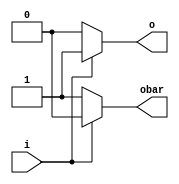
module cycloneiv_pseudo_diff_out(
                             i,
                             o,
                             obar
                             );
parameter lpm_type = "cycloneiv_pseudo_diff_out";
input i;
output o;
output obar;
reg o_tmp;
reg obar_tmp;
assign o = o_tmp;
assign obar = obar_tmp;
always@(i)
    begin
        if( i == 1'b1)
            begin
                o_tmp = 1'b1;
                obar_tmp = 1'b0;
            end
        else if( i == 1'b0)
            begin
                o_tmp = 1'b0;
                obar_tmp = 1'b1;
            end
        else
            begin
                o_tmp = i;
                obar_tmp = i;
            end
    end
endmodule